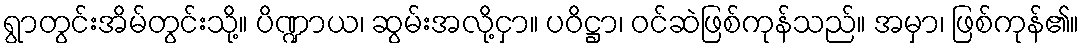
ရွာတွင်းအိမ်တွင်းသို့။ ပိဏ္ဍာယ၊ ဆွမ်းအလို့ငှာ။ ပဝိဋ္ဌာ၊ ဝင်ဆဲဖြစ်ကုန်သည်။ အမှာ၊ ဖြစ်ကုန်၏။